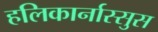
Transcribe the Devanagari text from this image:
हलिकार्नास्सुस